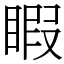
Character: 睱